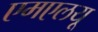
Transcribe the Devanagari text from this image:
एमएलयू